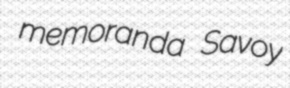
memoranda Savoy